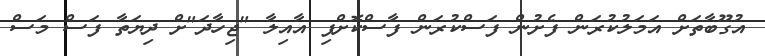
އުގޫބާތަށް އަމަލުކުރަން ފެށުން ފަސްކުރަން ފާސްކޮށްފި އާއިލާ "ޖިހާދަ"ށް ދިޔަތާ ފަސް މަސް